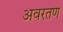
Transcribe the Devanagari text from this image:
अवरतण